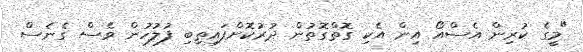
"މީގެ ކުރިން އެސްއޯ އިން އެކި ގޮތްގޮތުން ދުރުކޮށްފައިތިބި ފުލުހުން ވެސް ގެނެސް